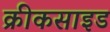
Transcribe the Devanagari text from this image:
क्रीकसाइड